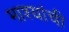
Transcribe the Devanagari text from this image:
माश्यांची